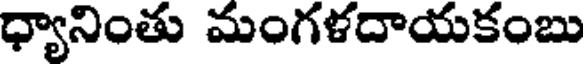
ధ్యానింతు మంగళదాయకంబు